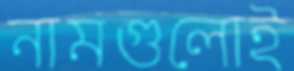
নামগুলোই